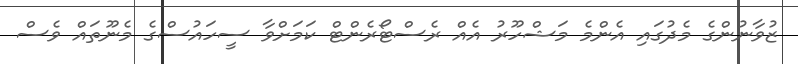
ޒުވާނުންގެ މެދުގައި އެންމެ މަޝްހޫރު އެއް ރެސްޓޯރެންޓް ކަމަށްވާ ސީހައުސްގެ މެނޫތައް ވެސް